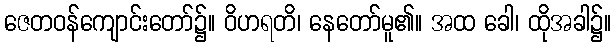
ဇေတဝန်ကျောင်းတော်၌။ ဝိဟရတိ၊ နေတော်မူ၏။ အထ ခေါ၊ ထိုအခါ၌။